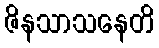
ဇိနသာသနေတိ